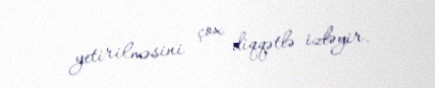
yetirilməsini çox diqqətlə izləyir.